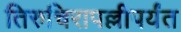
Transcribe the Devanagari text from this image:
तिरुचिरापल्लीपर्यंत